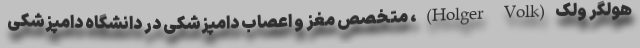
هولگر ولک(Holger Volk)، متخصص مغز و اعصاب دامپزشکی در دانشگاه دامپزشکی